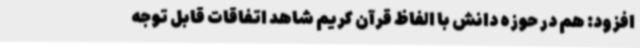
افزود: هم در حوزه دانش با الفاظ قرآن کریم شاهد اتفاقات قابل توجه